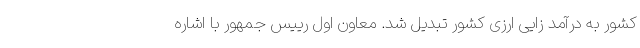
کشور به درآمد زایی ارزی کشور تبدیل شد. معاون اول رییس جمهور با اشاره